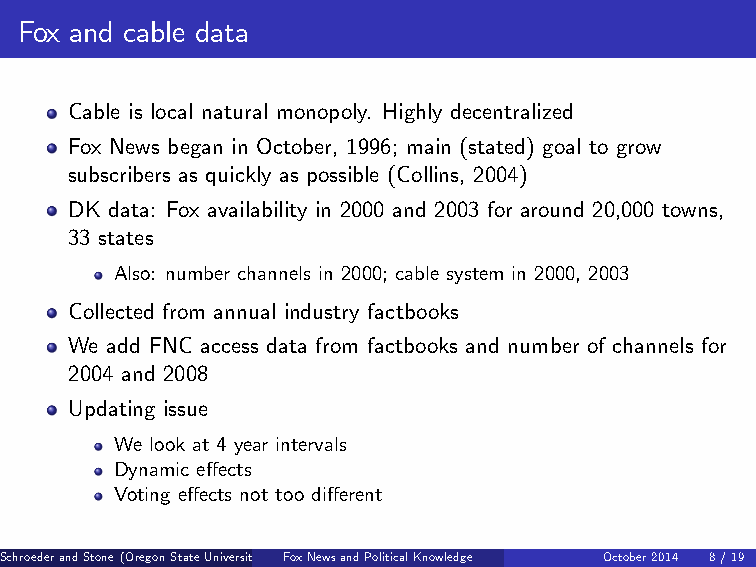
Fox and cable data
 Cable is local natural monopoly. Highly decentralized
 Fox News began in October, 1996; main (stated) goal to grow
 subscribers as quickly as possible (Collins, 2004)
 DK data: Fox availability in 2000 and 2003 for around 20,000 towns,
 33 states
 Also: number channels in 2000; cable system in 2000, 2003
 Collected from annual industry factbooks
 We add FNC access data from factbooks and number of channels for
 2004 and 2008
 Updating issue
 We look at 4 year intervals
 Dynamic e⁄ects
 Voting e⁄ects not too di⁄erent
 SchroederandStone(OregonStateUniversity FoBxoNwedwosinaCndollPeoglei)ticalKnowledge October2014 8/19